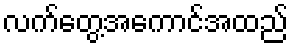
လက်တွေ့အကောင်အထည်